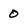
Character: 0